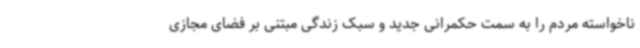
ناخواسته مردم را به سمت حکمرانی جدید و سبک زندگی مبتنی بر فضای مجازی